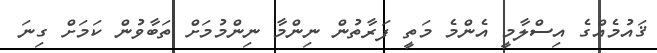
ޤައުމެއްގެ އިސްލާމީ އެންމެ މަތީ ފަރާތުން ނިންމާ ނިންމުމަށް ތަބާވުން ކަމަށް ގިނަ